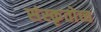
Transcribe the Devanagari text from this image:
संस्कृतोच्च